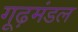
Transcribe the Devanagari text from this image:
गूढ़मंडल